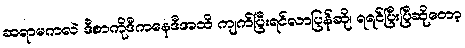
ဆရာမကလဲ ဒီစာကိုဒီကနေဒီအထိ ကျက်ပြီးရင်လာပြန်ဆို၊ ရရင်ပြီးပြီဆိုတော့